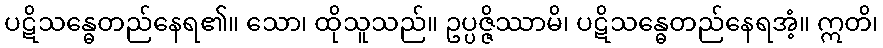
ပဋိသန္ဓေတည်နေရ၏။ သော၊ ထိုသူသည်။ ဥပ္ပဇ္ဇိဿာမိ၊ ပဋိသန္ဓေတည်နေရအံ့။ ဣတိ၊